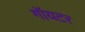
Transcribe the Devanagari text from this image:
गॉयटर